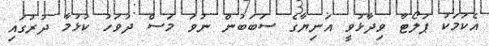
އެކަމަކު ޕަލޯޓާ ވިދާޅުވީ އަނިޔާގެ ސަބަބުން ނުވަ މަސް ދުވަހު ކުޅުމާ ދުރުގައި